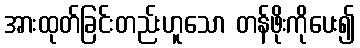
အားထုတ်ခြင်းတည်းဟူသော တန်ဖိုးကိုပေး၍